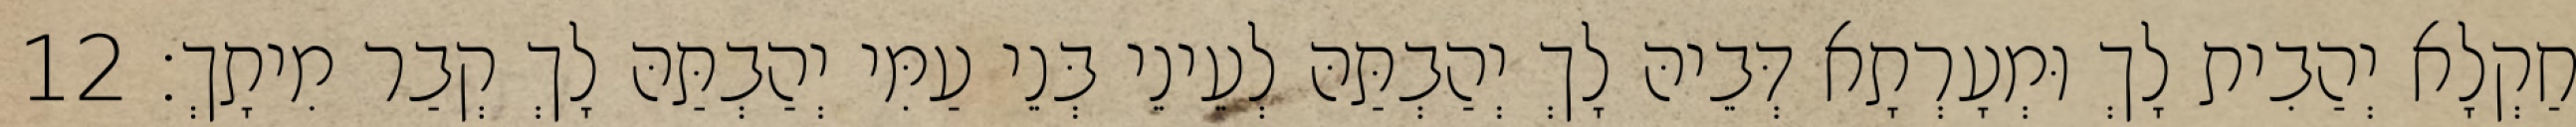
חַקְלָא יְהַבִית לָךְ וּמְעָרְתָא דְּבֵיהּ לָךְ יְהַבְתַּהּ לְעֵינֵי בְּנֵי עַמִּי יְהַבְתַּהּ לָךְ קְבַר מִיתָךְ׃ 12